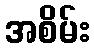
အစိမ်း